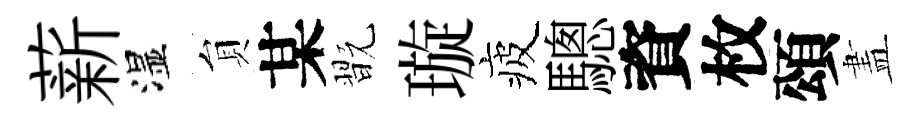
薪湿貟某翫璇疲驄資枚頌𥁞